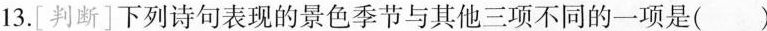
13.[ 判断 ]下列诗句表现的景色季节与其他三项不同的一项是( )